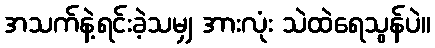
အသက်နဲ့ရင်းခဲ့သမျှ အားလုံး သဲထဲရေသွန်ပဲ။